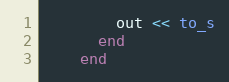
Language: Ruby
        out << to_s
      end
    end